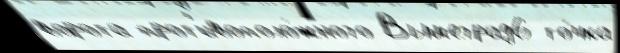
ворота прот'ивополо́жного Вышеград6 то́чка